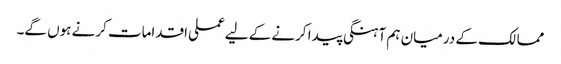
ممالک کے درمیان ہم آہنگی پیدا کرنے کے لیےعملی اقدامات کرنے ہوں گے۔